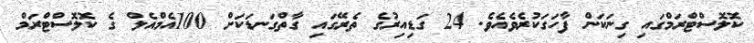
ކޮލޮސްޓްރަމްގައި ގިނަކަން ފާހަގަކުރެވެއެވެ. 24 ގަޑިއިރުގެ ތެރޭގައި ގާތްގަނޑަކަށް 100އެމްއެލް ގެ ކޮލޮސްޓްރަމް